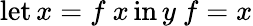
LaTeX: \operatorname{let}x=f\ x\operatorname{in}y\ f=x